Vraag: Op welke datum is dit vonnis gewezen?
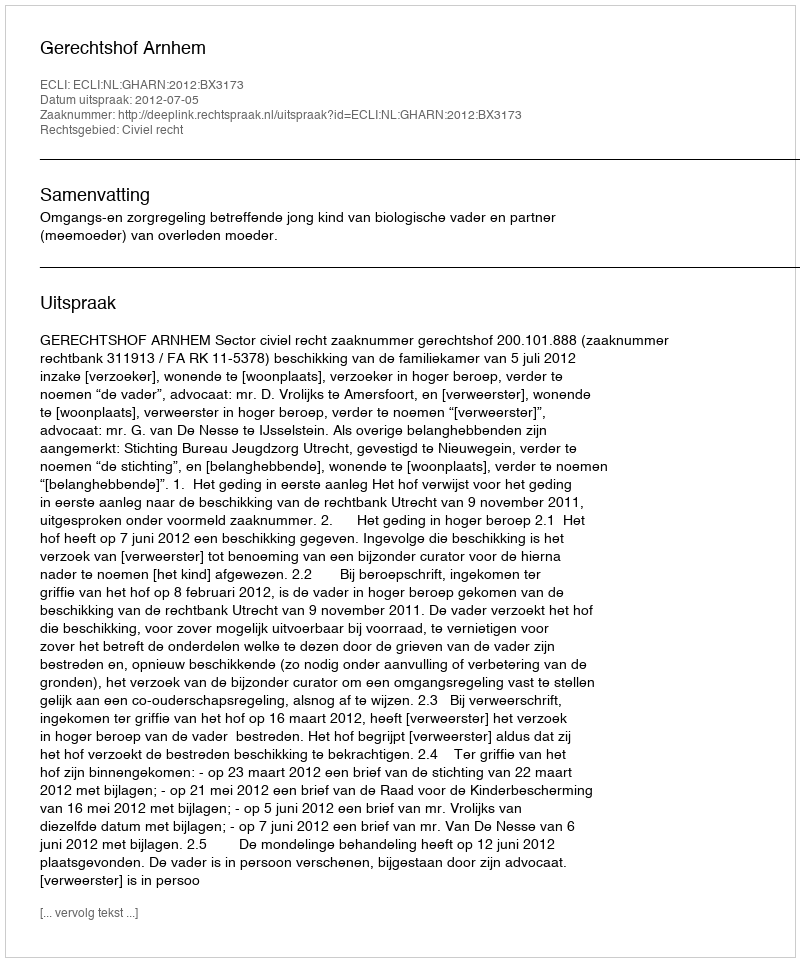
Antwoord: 2012-07-05